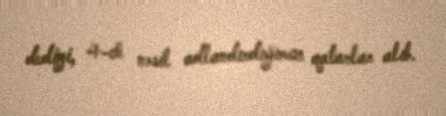
dediyi, 4-cü nəsil adlandırdığımız qatarlar alıb.